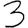
Digit: 3